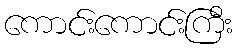
ကောင်းကောင်းကြီး